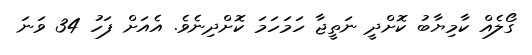
ގޯލެއް ކާމިޔާބު ކޮށްދީ ނަތީޖާ ހަމަހަމަ ކޮށްދިނެވެ. އެއަށް ފަހު 34 ވަނަ